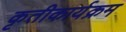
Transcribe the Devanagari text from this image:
कृतीकार्यक्रम